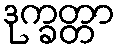
ဒုက္ခတ္တာ